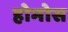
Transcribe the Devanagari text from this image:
होमोस